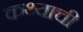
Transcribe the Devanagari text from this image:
कथ्याची